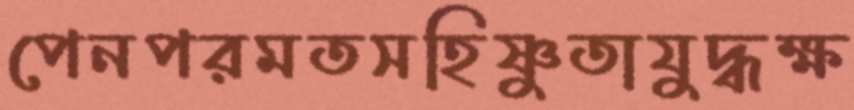
পেনপরমতসহিষ্ণুতাযুদ্ধক্ষ